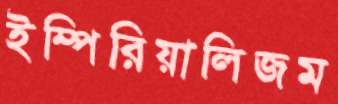
ইম্পিরিয়ালিজম